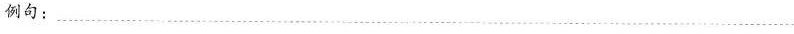
例句：___